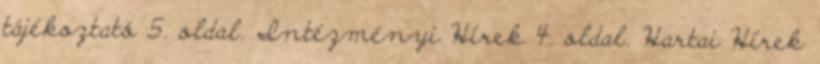
tájékoztató 5. oldal. Intézményi Hírek 4. oldal. Hartai Hírek